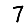
Digit: 7